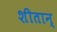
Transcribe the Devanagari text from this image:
शीतान्